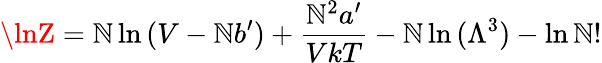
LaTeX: \lnZ=\mathbb{N}\ln{(V-\mathbb{N}b^{\prime})}+{\frac{{\mathbb{N}^{2}a^{\prime}}}{{VkT}}}-\mathbb{N}\ln{(\Lambda^{3})}-\ln{\mathbb{N}!}